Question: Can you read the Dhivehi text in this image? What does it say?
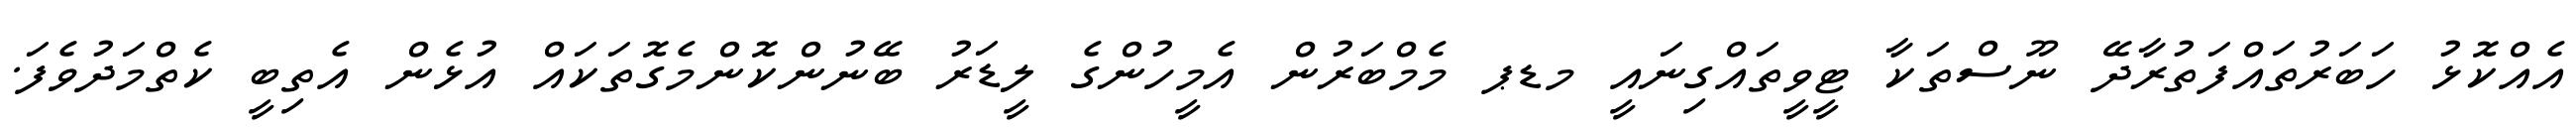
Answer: އެއްކޮޅު ހަބަރުތައްފަތުރާދޭ ނޫސްތަކާ ޓީވީތައްގިނައީ މޑޕ މެމްބަރުން އެމީހުންގެ ލީޑަރު ބޭނުންކޮންމެގޮތަކައް އުޅެން އެތިބީ ކެތްމަދުވެފަ.